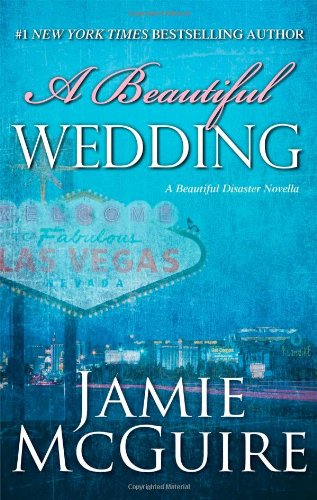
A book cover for A Beautiful Wedding: A Novella (Beautiful Disaster Series); Jamie McGuire; Literature & Fiction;